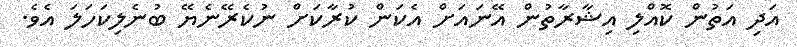
އަދި އަތުން ކޮއްލި އިޝާރާތުން އޭނައަށް އެކަން ކުރާކަށް ނުކެރޭނެޔޭ ބުނެލިކަހަލަ އެވެ.